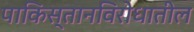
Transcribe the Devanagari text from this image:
पाकिस्तानविरोधातील